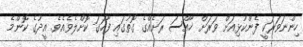
ހިންނަވަރަކީ ފެންކުޅިއަށް ވަރަށް ޚާއްސަ ރަށެއްގެ ގޮތުގައި ފާހަގަ ކޮށްލެވެއެވެ. އީދުގެ ކޮންމެ